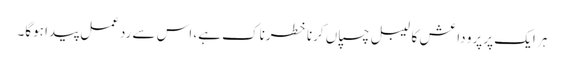
ہر ایک پر پرو داعش کا لیبل چسپاں کرنا خطرناک ہے، اس سے ردعمل پیدا ہوگا۔